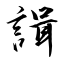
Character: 諿